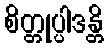
စိတ္တုပ္ပါဒန္တိ